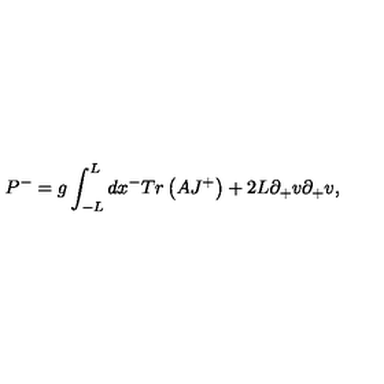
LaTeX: P ^ { - } = g \int _ { - L } ^ { L } d x ^ { - } T r \left( A J ^ { + } \right) + 2 L \partial _ { + } v \partial _ { + } v ,